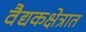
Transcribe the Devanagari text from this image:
वैद्यकक्षेत्रात